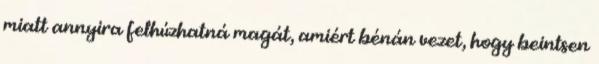
miatt annyira felhúzhatná magát, amiért bénán vezet, hogy beintsen